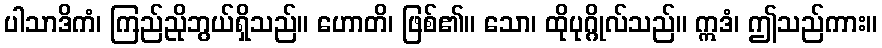
ပါသာဒိကံ၊ ကြည်ညိုဘွယ်ရှိသည်။ ဟောတိ၊ ဖြစ်၏။ သော၊ ထိုပုဂ္ဂိုလ်သည်။ ဣဒံ၊ ဤသည်ကား။